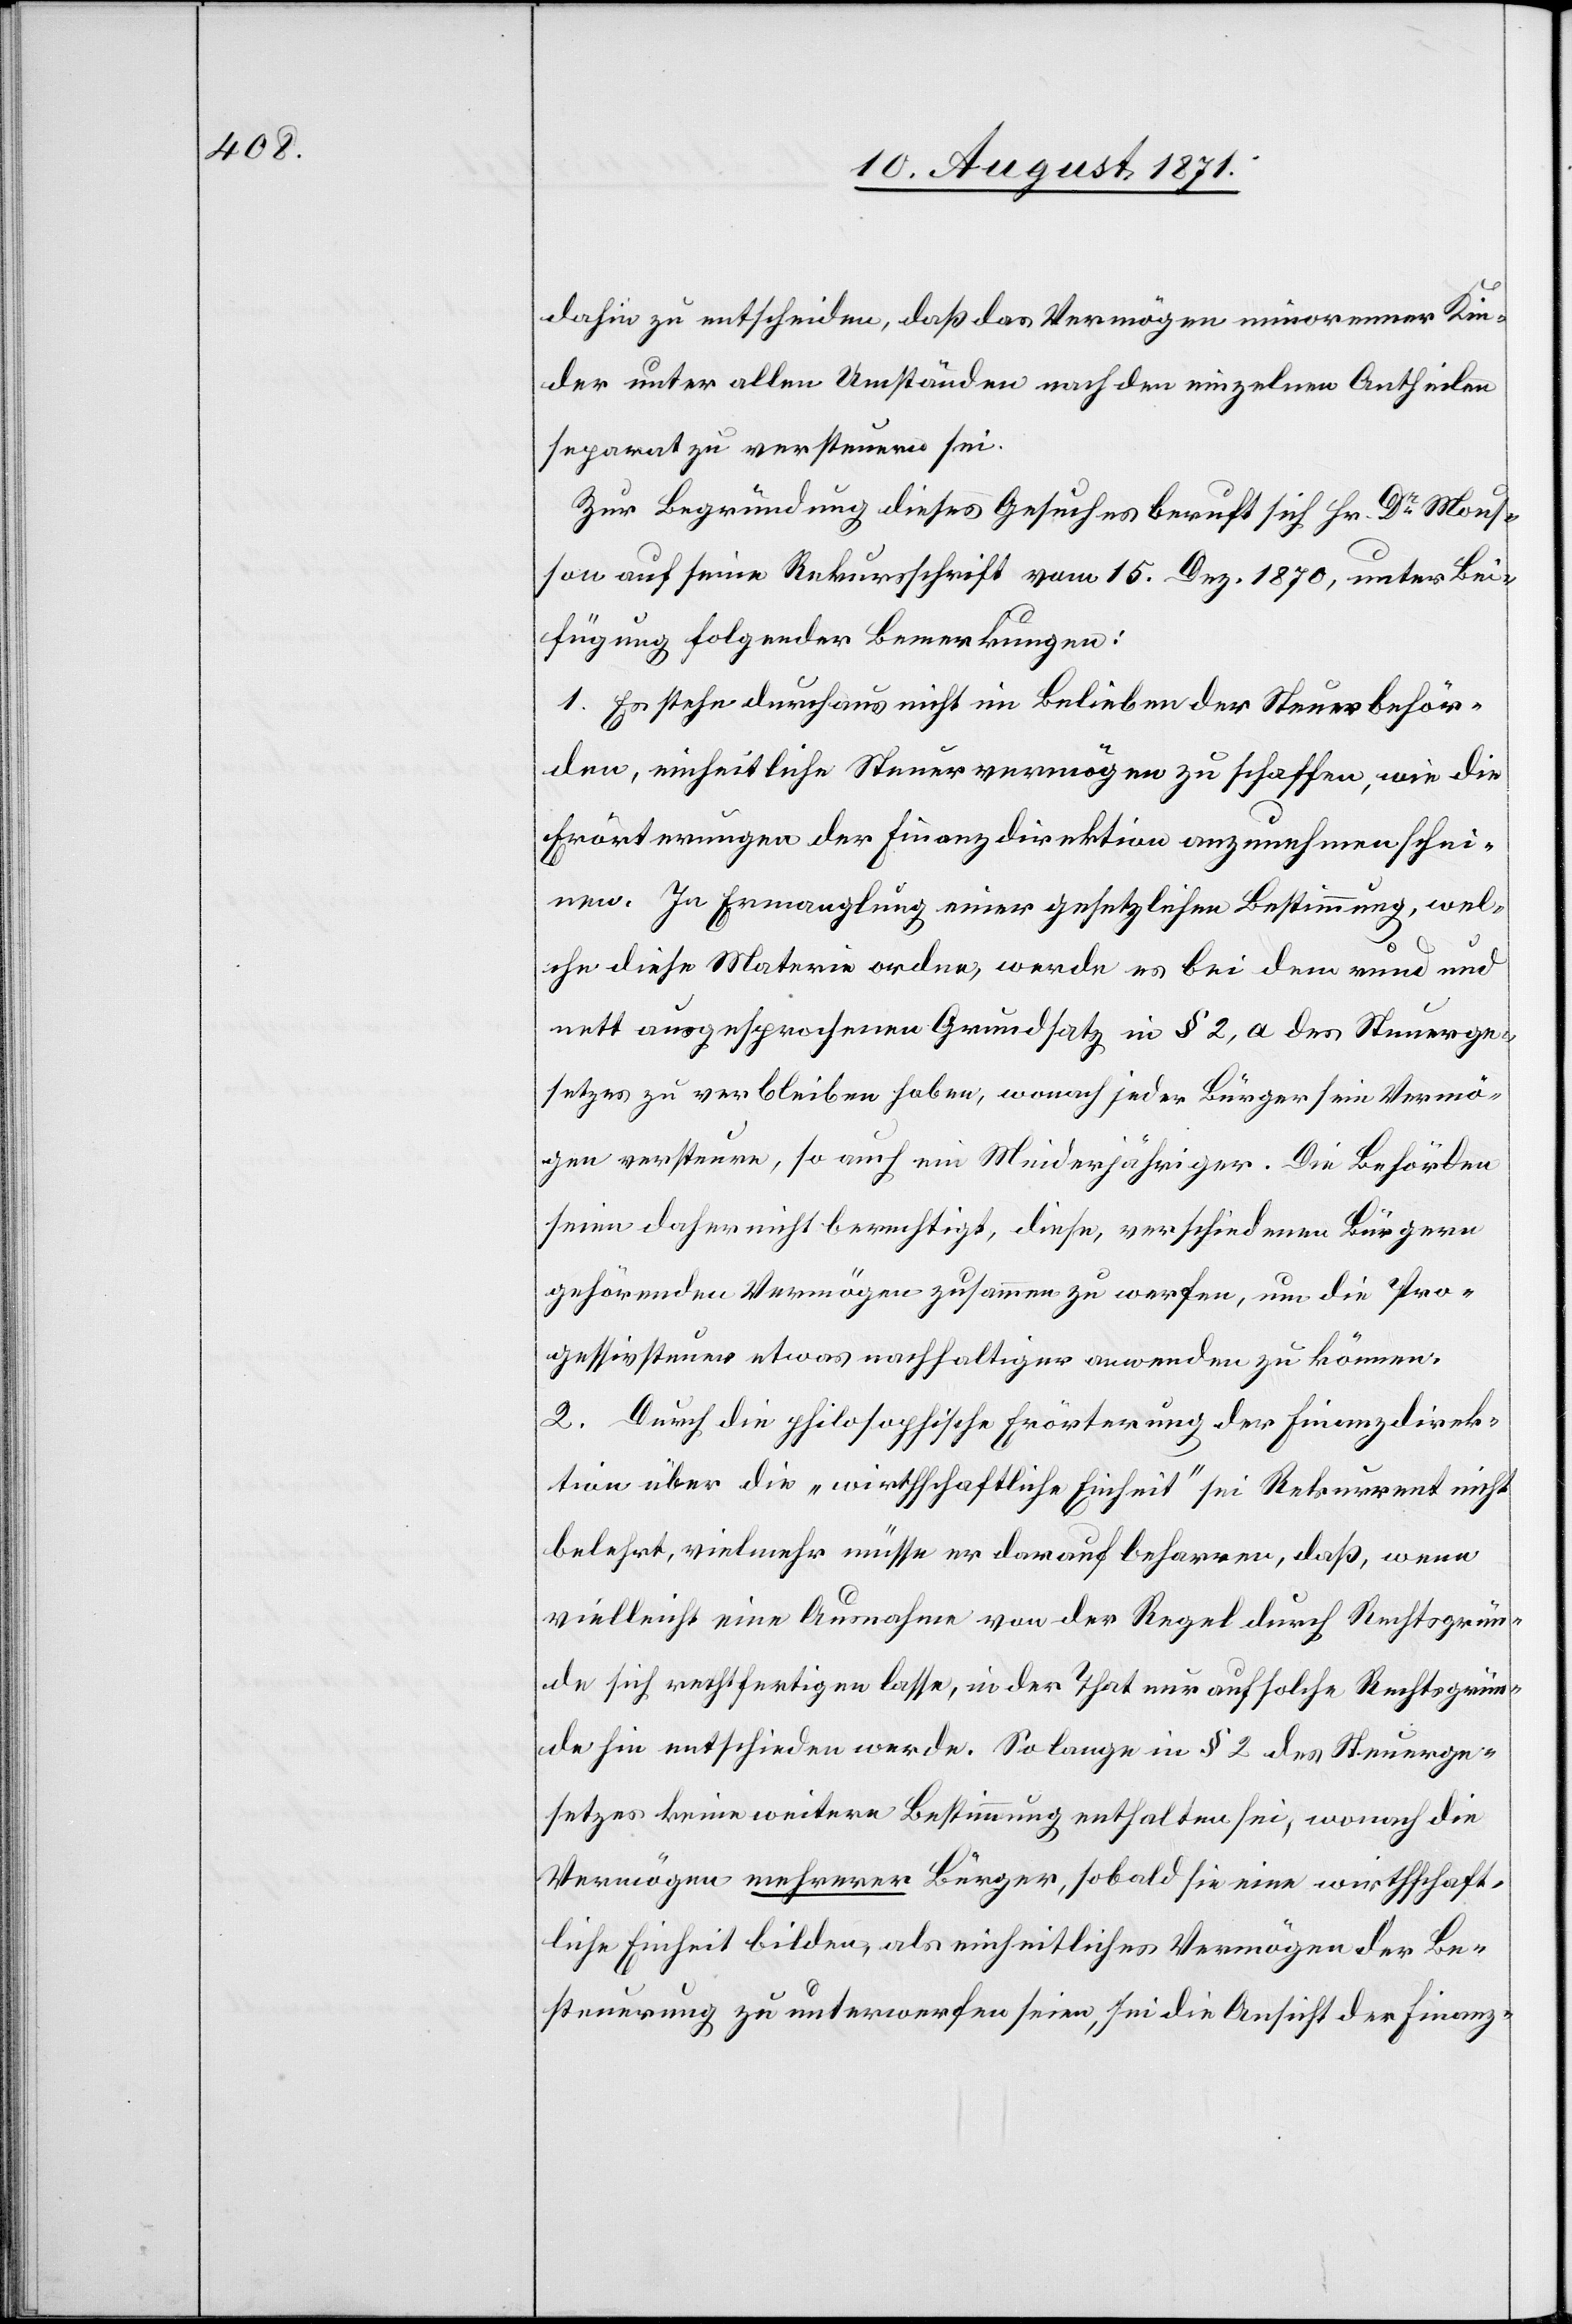
dahin zu entscheiden, daß das Vermögen minorenner Kin¬
der unter allen Umständen nach den einzelnen Antheilen
separat zu versteuern sei.
Zur Begründung dieses Gesuches beruft sich Hr. Dr Mous¬
son auf seine Rekursschrift vom 15. Dez. 1870, unter Bei¬
fügung folgender Bemerkungen:
1. Es stehe durchaus nicht in Belieben der Steuerbehör¬
den, einheitliche Steuervermögen zu schaffen, wie die
Erörterungen der Finanzdirektion anzunehmen schei¬
nen. In Ermanglung einer gesetzlichen Bestimmung, wel¬
che diese Materie ordne, werde es bei dem rund und
nett ausgesprochenen Grundsatz in § 2. a des Steuerge¬
setzes zu verbleiben haben, wonach jeder Bürger sein Vermö¬
gen versteuere, so auch ein Minderjähriger. Die Behörden
seien daher nicht berechtigt, diese, verschiedenen Bürgern
gehörenden Vermögen zusammen zu werfen, um die Pro¬
zessivsteuer etwas nachhaltiger verwenden zu können.
2. Durch die philosophische Erörterung der Finanzdirek¬
tion über die „wirtschaftliche Einheit“ sei Rekurrent nicht
belehrt, vielmehr müsse er darauf beharren, daß, wenn
vielleicht eine Ausnahme von der Regel durch Rechtsgrün¬
de sich rechtfertigen lasse, in der That nur auf solche Rechtsgrün¬
de sie entschieden werde. Solange in § 2 des Steuerge¬
setzes keine weiteren Bestimmung enthalten sei, wonach die
Vermögen mehrerer Bürger, sobald sie eine wirthschaft¬
liche Einheit bilden, als einheitliches Vermögen der Be¬
steuerung zu unterwerfen seien, sei die Ansicht der Finanz-